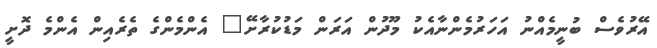
އޭރުވެސް ބުނީމެއްނު އަހަރުމެންނާއެކު މޫދުން އަރަން މަޑުކުރާށޭ" އެންމެންގެ ތެރެއިން އެންމެ ދޮށީ